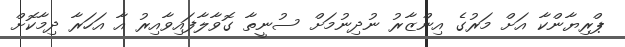
ޕްރިޔާންކާ އަށް މަރުގެ އިންޒާރު ނުދިނުމަށް ސުނީތާ ގޮވާލާފައިވާއިރު އާ އަހަރާ ދިމާކޮށް